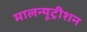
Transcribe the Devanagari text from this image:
मालन्यूट्रीशन